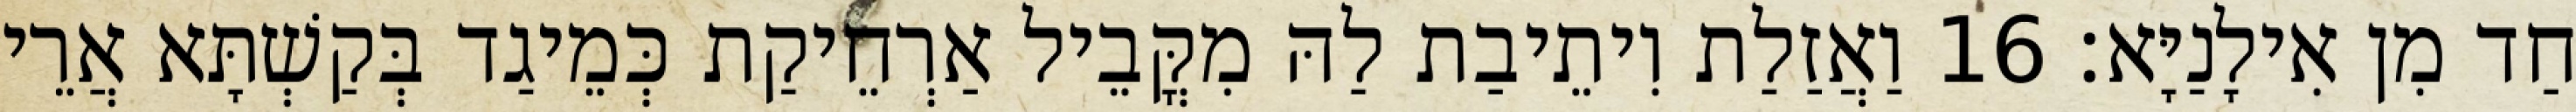
חַד מִן אִילָנַיָּא׃ 16 וַאֲזַלַת וִיתֵיבַת לַהּ מִקֳּבֵיל אַרְחֵיקַת כְּמֵיגַד בְּקַשְׁתָּא אֲרֵי